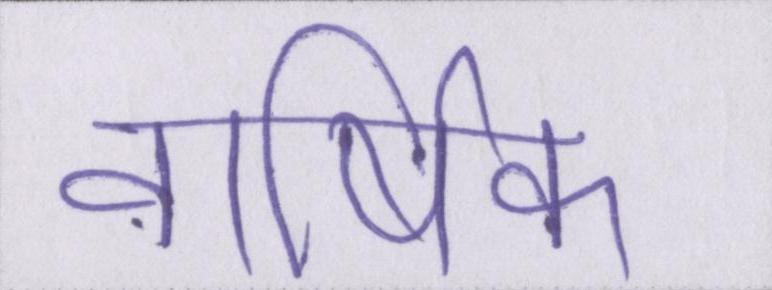
वार्षिक